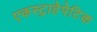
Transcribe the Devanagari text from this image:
एकस्ट्राहेपेटिक